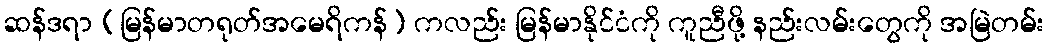
ဆန်ဒရာ (မြန်မာတရုတ်အမေရိကန်) ကလည်း မြန်မာနိုင်ငံကို ကူညီဖို့ နည်းလမ်းတွေကို အမြဲတမ်း